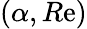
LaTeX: \left(\alpha,R\mathrm{e}\right)